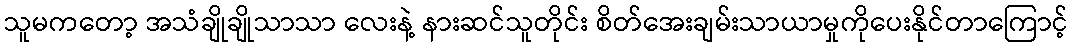
သူမကတော့ အသံချိုချိုသာသာ လေးနဲ့ နားဆင်သူတိုင်း စိတ်အေးချမ်းသာယာမှုကိုပေးနိုင်တာကြောင့်